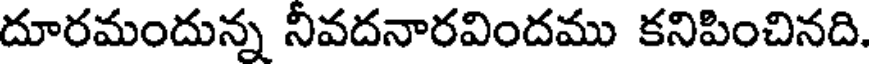
దూరమందున్న నీవదనారవిందము కనిపించినది.